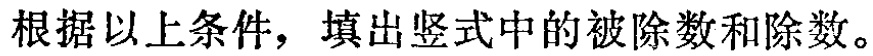
根据以上条件，填出竖式中的被除数和除数。